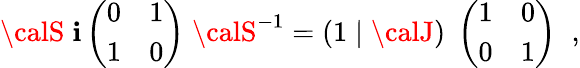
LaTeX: {\calS}\; \mathbf{i}\left(\begin{array}{cc}{{0}}&{{1}}\\ {{1}}&{{0}}\end{array}\right)\; {\calS}^{-1}=(1\; \vert\; {\calJ})\; \left(\begin{array}{cc}{{1}}&{{0}}\\ {{0}}&{{1}}\end{array}\right)\; \; ,